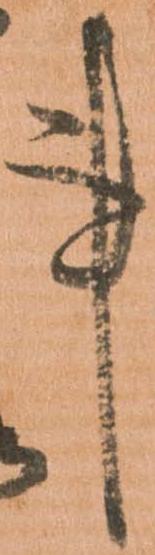
事